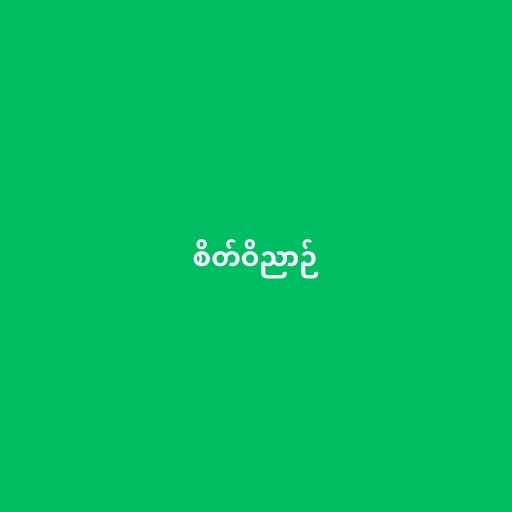
စိတ်ဝိညာဉ်